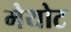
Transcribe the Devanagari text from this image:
मेयोट